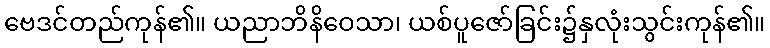
ဗေဒင်တည်ကုန်၏။ ယညာဘိနိဝေသာ၊ ယစ်ပူဇော်ခြင်း၌နှလုံးသွင်းကုန်၏။